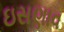
ઇસણાવ